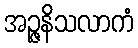
အဉ္ဇနိသလာကံ